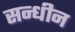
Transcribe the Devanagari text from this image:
सन्धीन